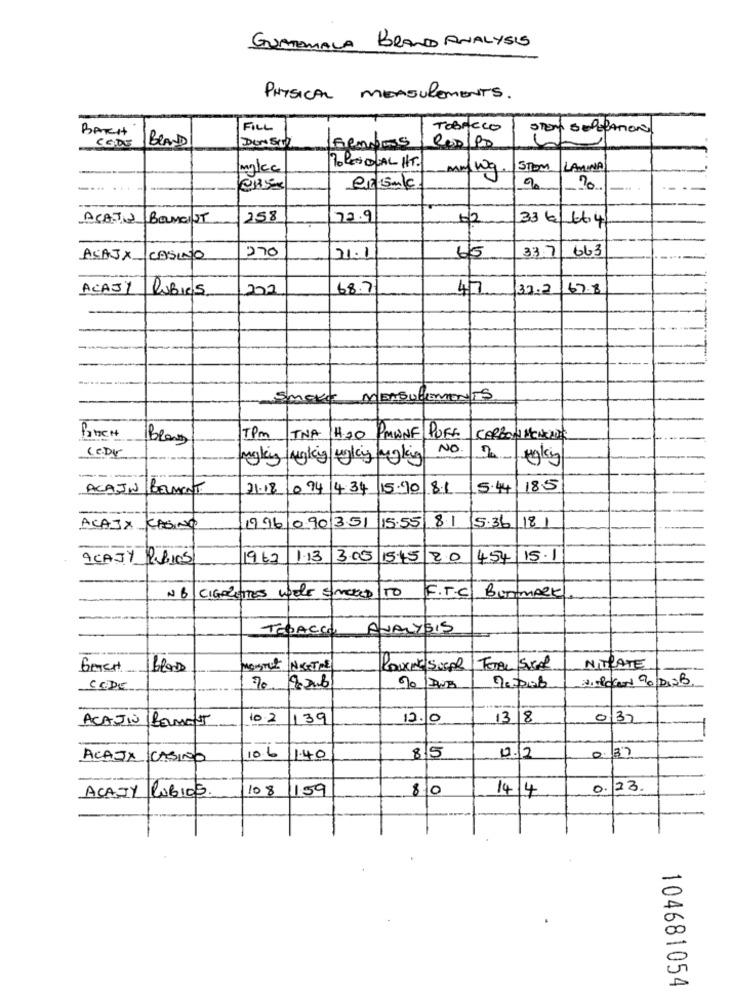
GUATEMALA BRAND ANALYSIS
PHYSICAL MEASUREMENTS.
BACH
FILL
ToBreco
CODE
BRAND
DONEIN
mg/cc
1. LES DUAL HT.
STOM
LAMINA
maywg
10
ACATA BOLMOST
258
72.9
-2
336/66.41
270
33.7
663
ACAJX
CASINO
21.1
65
ACAJY
RuBies
68.7
32.2
67.8
Smoke MEASUREMENTS
Brans
TPM TNA H20 PMWNE PUFF
NO
CODY
mgky Ngking ugly myking
ACAJN BELMONT
21.18 094 4:34 15.90 8.1
5.44
18.5
1996 090 351 15:55 81
ACAJA KASINO
5.36|181
ACAJY RUBIOS
1962
1.13
13.05
15.15/20
454
15.1
NB CIGARETTES WELE SMOKED
F.T.C Bumper
TOBACCO
ANALYSIS
MOISTUR NOGTIME
TOTAL SUGER
NITRATE
vistocond %|DioB
CODE
70 2006
ACAJAS BELMONT
10.2
139
12.0
138
3)
85
0.37
ACAJA CASINO
10.6
1.40
0.12
10 8
1159
810
14/4
0. 23.
ACAJY RUBIOS.
104681054